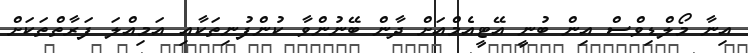
އިނާ މޯލްޑިވްސް އިން ބުނީ އޭޓީއެމްއަށް ދާން ބޭނުންވާ ކުންފުނިތަކާއި އަމިއްލަ ފަރާތްތަކަށް